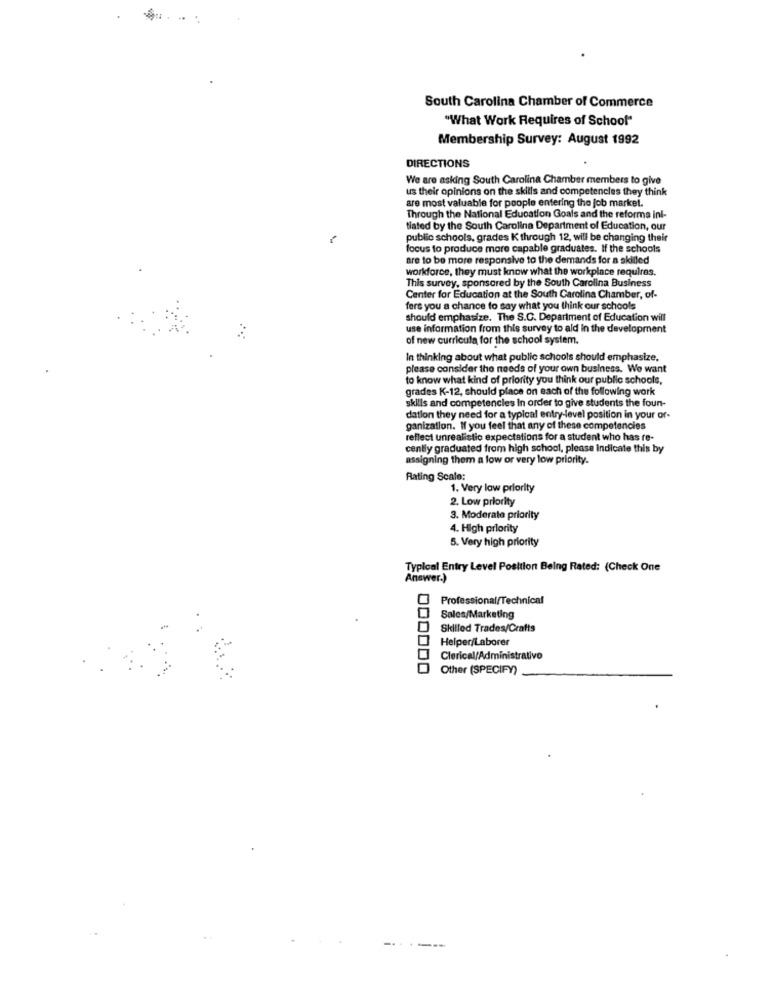
South Carolina Chamber of Commerce
"What Work Requires of School"
Membership Survey: August 1992
DIRECTIONS
We are asking South Carolina Chamber members to give
us their opinions on the skills and competencles they think
are most valuable for people entering the job market.
Through the National Education Goals and the reforms ini-
tiated by the South Carolina Department of Education, our
public schools, grades K through 12, will be changing their
focus to produce more capable graduates. If the schools
are to be more responsive to the demands for a skilled
workforce, they must know what the workplace requires.
This survey, sponsored by the South Carolina Business
Center for Education at the South Carolina Chamber, of-
fers you a chance to say what you think our schools
should emphasize. The S.C. Department of Education will
use information from this survey to ald in the development
of new curricula for the school system.
In thinking about what public schools should emphasize.
please consider the needs of your own business. We want
to know what kind of priority you think our public schools,
grades K-12, should place on each of the following work
skills and competencies In order to give students the foun-
dation they need for a typical entry-level position in your or-
ganization. If you feel that any of these competencies
reflect unrealistic expectations for a student who has re-
cently graduated from high school, please Indicate this by
assigning them a low or very low priority.
Rating Scale:
1. Very low priority
2. Low priority
3. Moderate priority
4. High priority
5. Very high priority
Typical Entry Level Position Being Rated: (Check One
Answer.)
Professional/Technical
Sales/Marketing
Skilled Trades/Crafts
Helper/Laborer
Clerical/Administrativo
Other (SPECIFY)